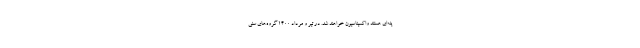
ینه‌ای هستند واکسیناسیون خواهند شد. در تیر و مرداد ۱۴۰۰ گروه‌های سنی